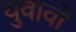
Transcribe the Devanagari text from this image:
युवावों